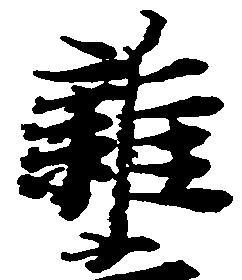
雑